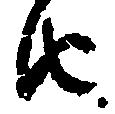
由